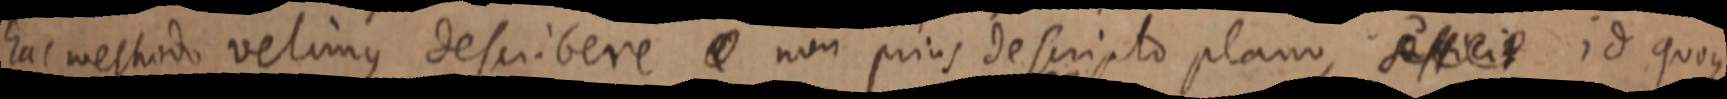
hac methodo velimus describere _ non prius descripto plano, sufficit id quoque